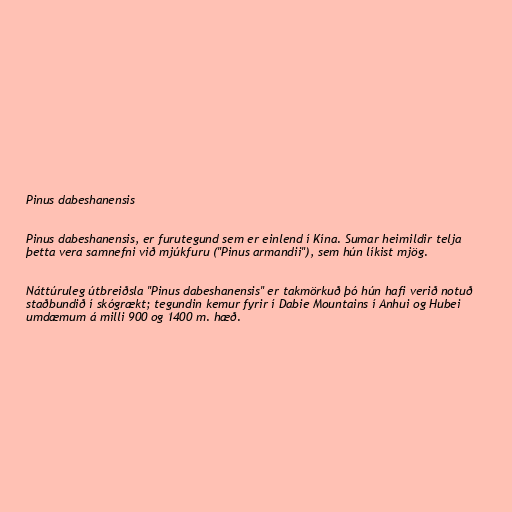
Pinus dabeshanensis

Pinus dabeshanensis, er furutegund sem er einlend í Kína. Sumar heimildir telja
þetta vera samnefni við mjúkfuru ("Pinus armandii"), sem hún líkist mjög.

Náttúruleg útbreiðsla "Pinus dabeshanensis" er takmörkuð þó hún hafi verið notuð
staðbundið í skógrækt; tegundin kemur fyrir í Dabie Mountains í Anhui og Hubei
umdæmum á milli 900 og 1400 m. hæð.